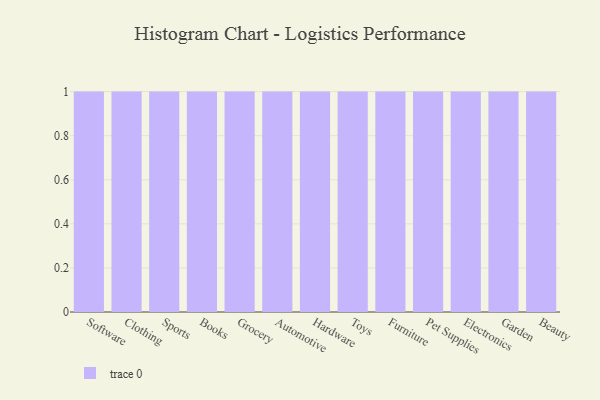
{"axis": {"x": "Category", "y": "Inventory Turnover"}, "legend": [""], "data": [{"x": "Software", "y": 81, "type": ""}, {"x": "Clothing", "y": 45, "type": ""}, {"x": "Sports", "y": 93, "type": ""}, {"x": "Books", "y": 8, "type": ""}, {"x": "Grocery", "y": 61, "type": ""}, {"x": "Automotive", "y": 93, "type": ""}, {"x": "Hardware", "y": 86, "type": ""}, {"x": "Toys", "y": 11, "type": ""}, {"x": "Furniture", "y": 55, "type": ""}, {"x": "Pet Supplies", "y": 29, "type": ""}, {"x": "Electronics", "y": 55, "type": ""}, {"x": "Garden", "y": 15, "type": ""}, {"x": "Beauty", "y": 37, "type": ""}]}